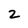
Character: 2